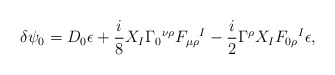
\begin{align*}\delta\psi_0 = D_0 \epsilon + { i\over 8}X_I\Gamma_0{}^{\nu\rho}F_{\mu\rho}{}^I - {i\over2}\Gamma^\rho X_IF_{0\rho}{}^I\epsilon,\end{align*}